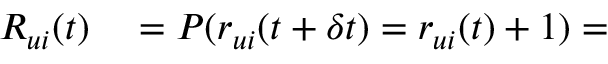
\begin{array} { r l } { R _ { u i } ( t ) } & { { } = P ( r _ { u i } ( t + \delta t ) = r _ { u i } ( t ) + 1 ) = } \end{array}